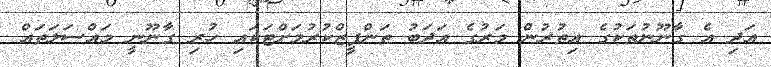
އަދި އެ ގާނޫނުތަކުގެ އިތުރުން މަރުގެ އަދަބު ތަންފީޒްކުރުމަށްޓަކައި ހުރި ގާނޫނީ މައްސަލަތައް